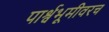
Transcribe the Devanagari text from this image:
पार्श्वभूमीवरच